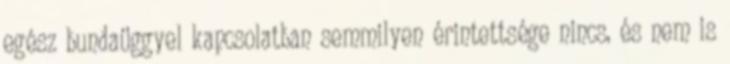
egész bundaüggyel kapcsolatban semmilyen érintettsége nincs, és nem is